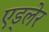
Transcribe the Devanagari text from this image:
एड्लेर